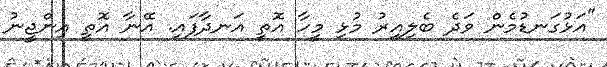
"އަޅުގަނޑުމެން ވަދެ ބެލިއިރު މުޅި މީހާ އޮތީ އަނދާފައި. އޭނާ އޮތީ އިންޖީނު